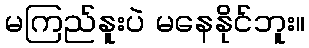
မကြည်နူးပဲ မနေနိုင်ဘူး။